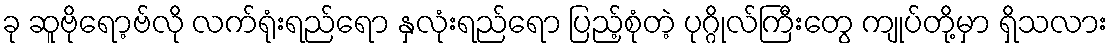
ခု ဆူဗိုရော့ဗ်လို လက်ရုံးရည်ရော နှလုံးရည်ရော ပြည့်စုံတဲ့ ပုဂ္ဂိုလ်ကြီးတွေ ကျုပ်တို့မှာ ရှိသလား